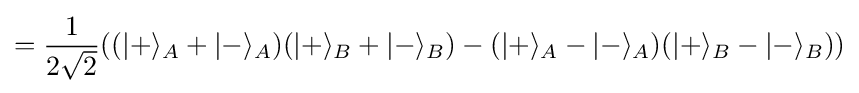
={\frac {1}{2{\sqrt {2}}}}((|+\rangle _{A}+|-\rangle _{A})(|+\rangle _{B}+|-\rangle _{B})-(|+\rangle _{A}-|-\rangle _{A})(|+\rangle _{B}-|-\rangle _{B}))